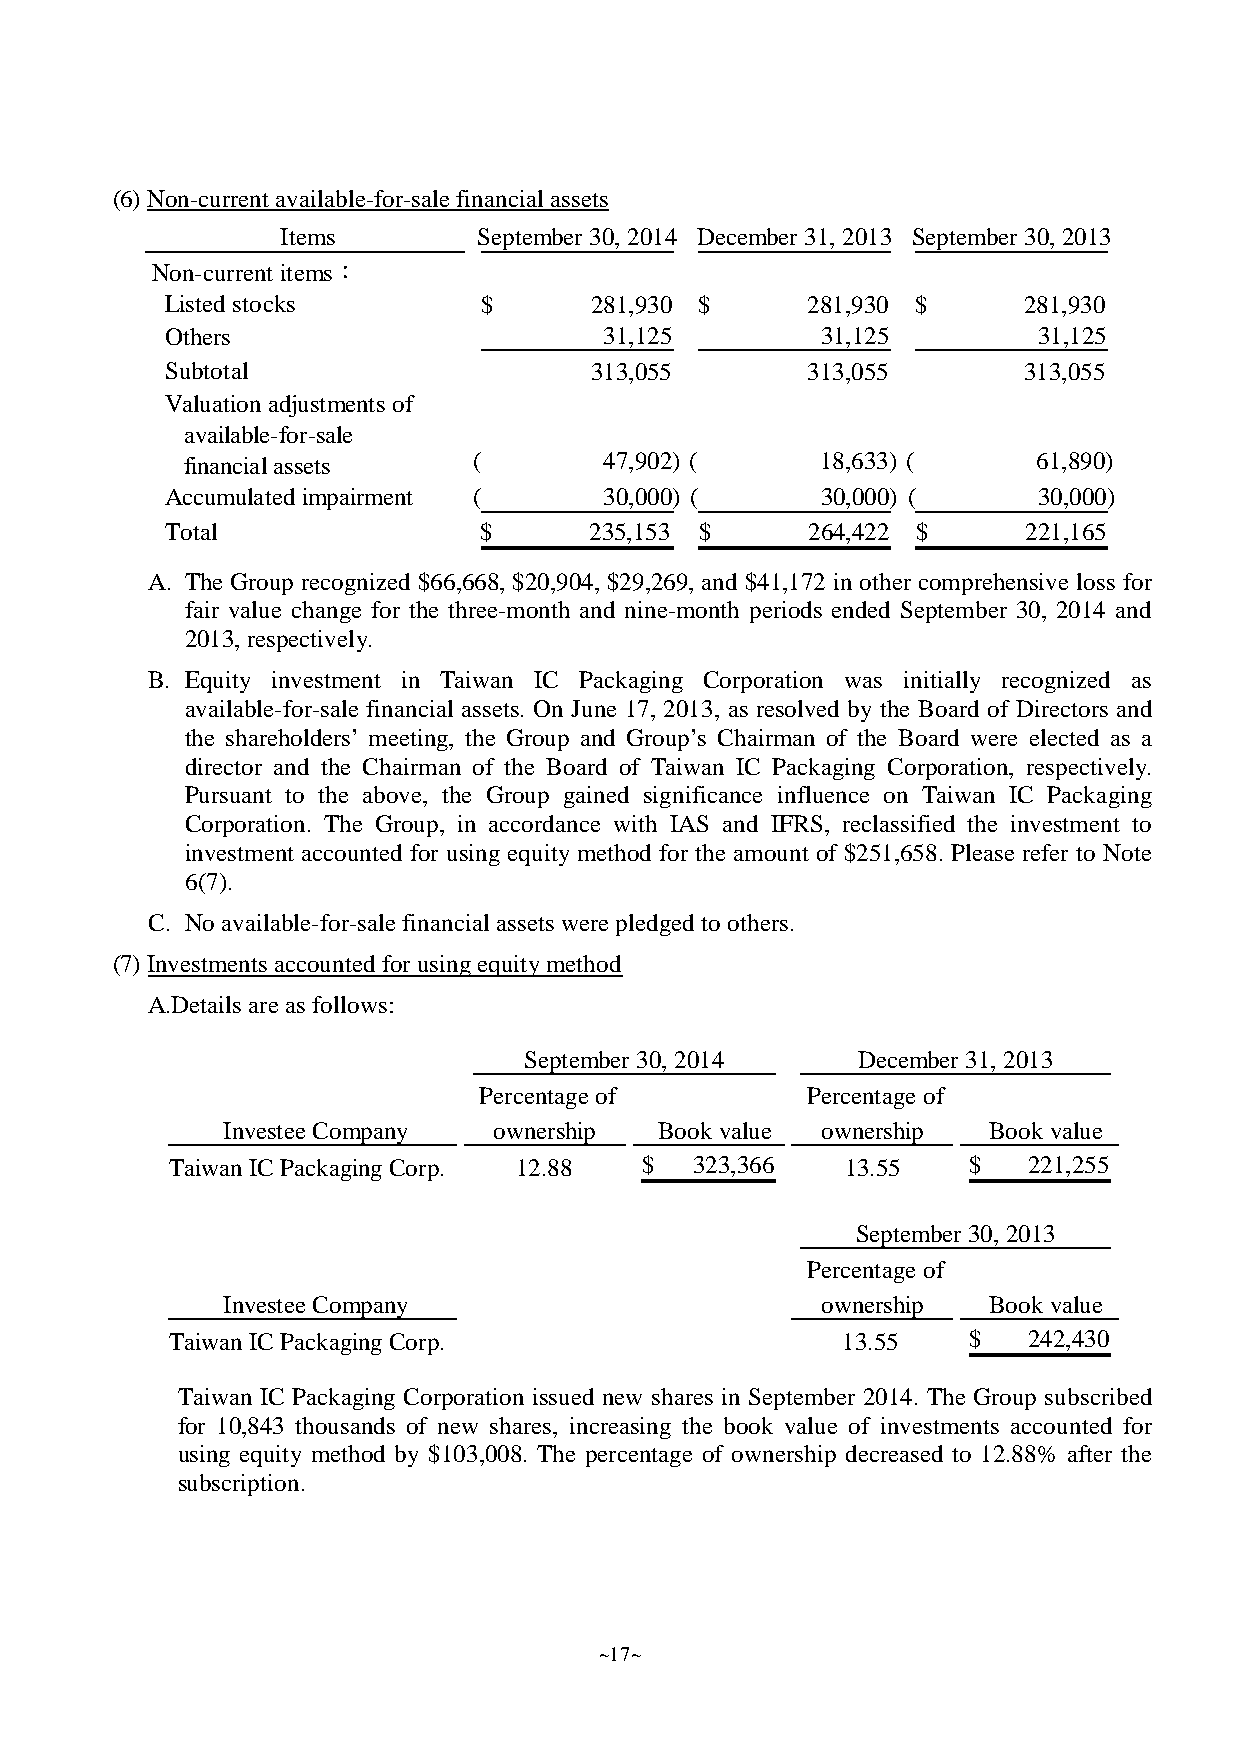
(6)Non-current available-for-salefinancial assets
 Items        September 30, 2014 December 31, 2013 September 30, 2013
 Non-current items：
 Listed stocks        $      281,930 $     281,930 $      281,930
 Others                       31,125        31,125         31,125
 Subtotal                    313,055       313,055        313,055
 Valuationadjustmentsof
 available-for-sale
 financialassets    (        47,902) (     18,633) (      61,890)
 Accumulated impairment (     30,000) (     30,000) (      30,000)
 Total                $      235,153 $     264,422 $      221,165
 A. The Group recognized $66,668, $20,904, $29,269, and $41,172 in other comprehensive loss for
 fair value change for the three-month and nine-month periods ended September 30, 2014 and
 2013,respectively.
 B. Equity investment in Taiwan IC Packaging Corporation was initially recognized as
 available-for-sale financial assets. On June 17, 2013, as resolved by the Board of Directors and
 the shareholders’ meeting, the Group and Group’s Chairman of the Board were elected as a
 director and the Chairman of the Board of Taiwan IC Packaging Corporation, respectively.
 Pursuant to the above, the Group gained significance influence on Taiwan IC Packaging
 Corporation. The Group, in accordance with IAS and IFRS, reclassified the investment to
 investment accounted for using equity method for the amount of $251,658. Please refer to Note
 6(7).
 C. Noavailable-for-salefinancial assets werepledgedtoothers.
 (7)Investments accountedforusingequitymethod
 A.Details areas follows:
 September 30, 2014    December 31, 2013
 Percentage of        Percentage of
 Investee Company  ownership  Book value ownership Book value
 TaiwanIC Packaging Corp. 12.88 $   323,366   13.55   $   221,255
 September 30, 2013
 Percentage of
 Investee Company                       ownership  Book value
 TaiwanIC Packaging Corp.                     13.55   $   242,430
 Taiwan IC Packaging Corporation issued new shares in September 2014. The Group subscribed
 for 10,843 thousands of new shares, increasing the book value of investments accounted for
 using equity method by $103,008. The percentage of ownership decreased to 12.88% after the
 subscription.
 ~17~